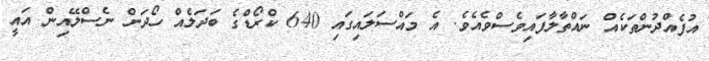
އުފެއްދުންތަކެއް ނައްތާލާފައިވެސްވެއެވެ. އެ މައްސަލައިގައި 640 ކްރޯޑްގެ ބަދަލެއް ހޯދަން ނެސްލޭއިން އައީ